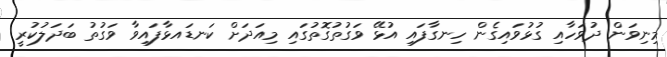
މިނިވަން ދުވަހާއި ގުޅުވައިގެން ހިނގާފައި އުޅޭ ވަގުތުގޮތުގައި މިއަދަށް ކަނޑައޅާފައިވާ ވަގުތު ބަދަލުކުރީ